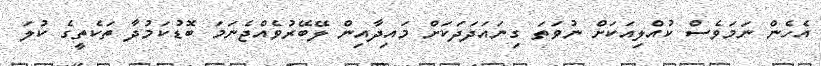
އެހެން ނަމަވެސް ކުއްލިއަކަށް ނުވަތަ ގިނައަދަދަކަށް މައިދާއިން ލޭބޭރުވެއްޖެނަމަ ބޮޑުކަމުދާ ތަކެތީގެ ކުލަ